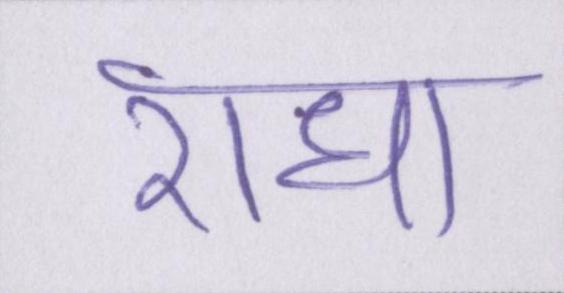
राधा